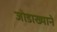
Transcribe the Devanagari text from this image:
जोडाख्याने